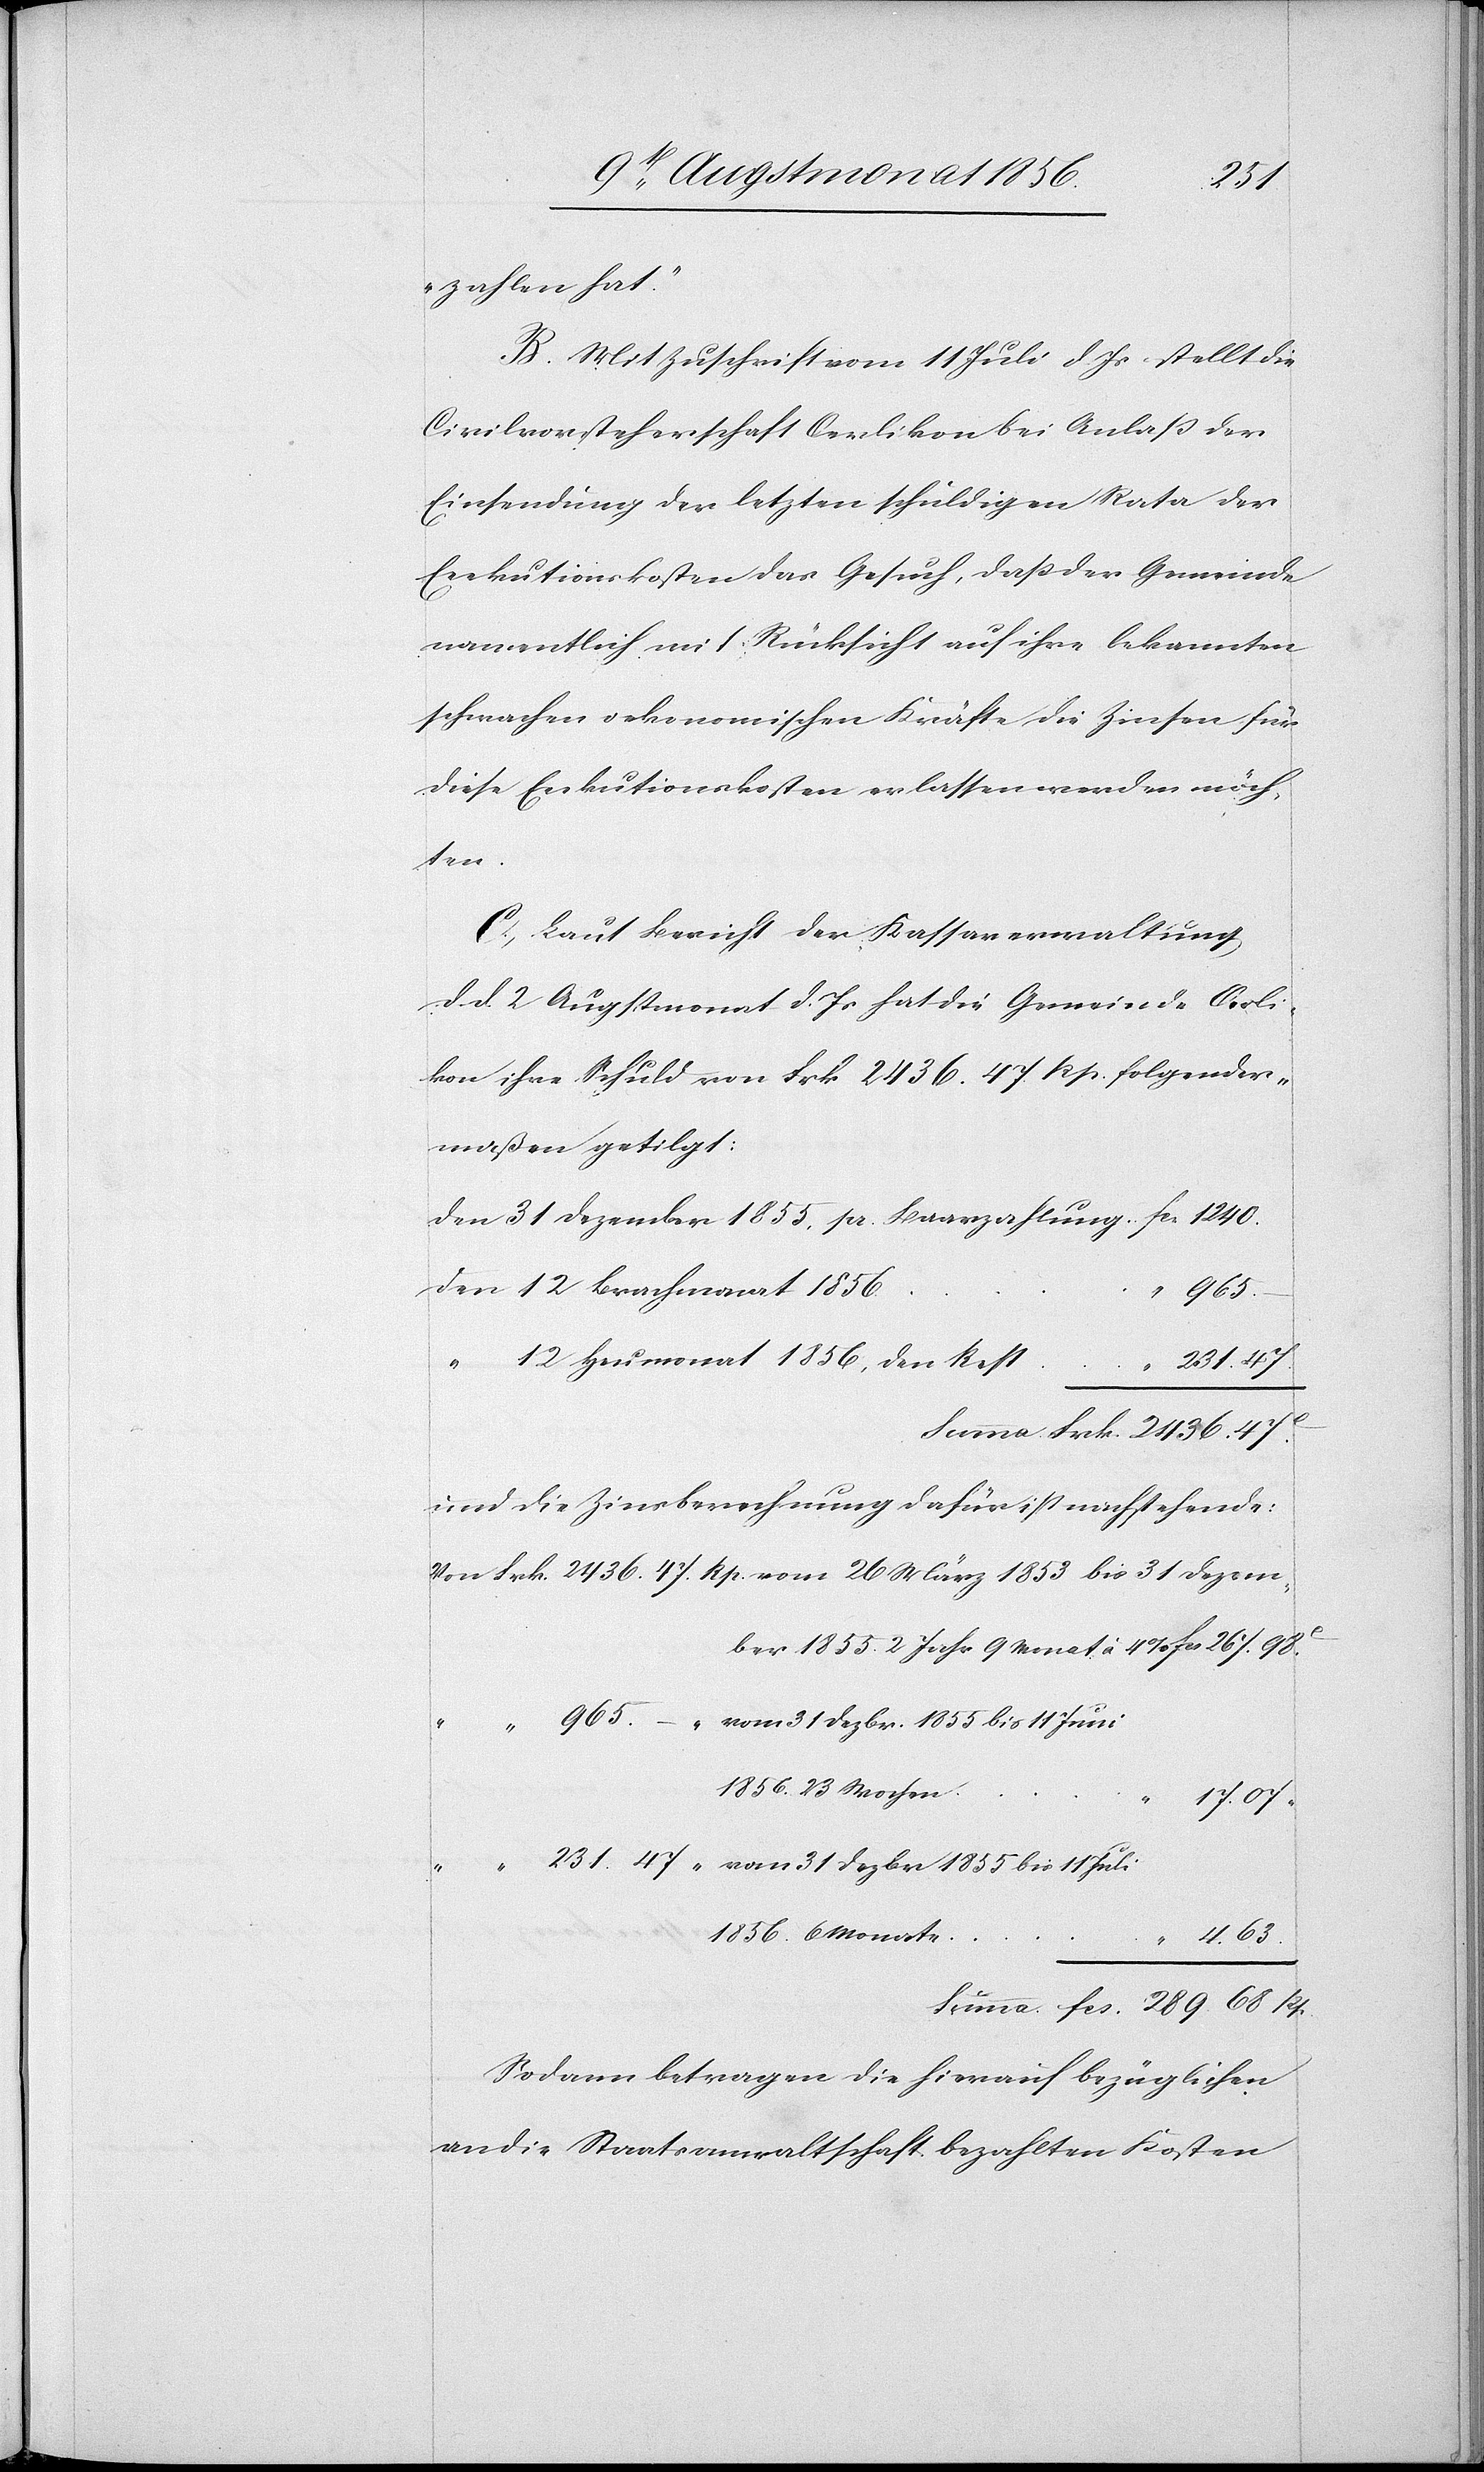
68
zahlen hat."
B. Mit Zuschrift vom 11 Juli d. Js stellt die
Civilvorsteherschaft Oerlikon bei Anlass der
Einsendung der letzten schuldigen Rata der
Exekutionskosten das Gesuch, dass der Gemeinde
namentlich mit Rücksicht auf ihre bekannten
schwachen oekonomischen Kräfte die Zinsen für
diese Exekutionskosten erlassen werden möch¬
Von
C. Laut Bericht der Kassaverwaltung
d. d. 2 Augstmonat d. Js hat die Gemeinde Oerli¬
kon ihre Schuld von Frk. 2436. 47. Rp. folgender¬
maßen getilgt:
den 31 Dezember 1855, pr. Baarzahlung	fcs. 1240.
den 12 Brachmonat 1856
1853
“	 12 Heumonat 1856, den Rest
vom 31 Dezbr.
231. 47.
Summa Frk. 2436. 47c
und die Zinsberechnung dafür ist nachstehende:
1856. 23 Wochen
Rp.
1856. 6 Monate
965.
4.
fcs.
Sodann betragen die hierauf bezüglichen
an die Staatsanwaltschaft bezahlten Kosten